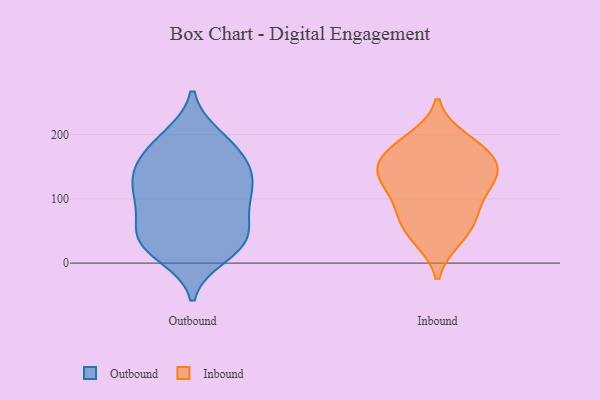
{"axis": {"x": "LTV (USD)", "y": "Value"}, "legend": ["Inbound", "Outbound"], "data": [{"x": "", "y": 103, "type": "Outbound"}, {"x": "", "y": 197, "type": "Outbound"}, {"x": "", "y": 147, "type": "Outbound"}, {"x": "", "y": 181, "type": "Outbound"}, {"x": "", "y": 101, "type": "Outbound"}, {"x": "", "y": 51, "type": "Outbound"}, {"x": "", "y": 146, "type": "Outbound"}, {"x": "", "y": 27, "type": "Outbound"}, {"x": "", "y": 30, "type": "Outbound"}, {"x": "", "y": 144, "type": "Outbound"}, {"x": "", "y": 76, "type": "Outbound"}, {"x": "", "y": 50, "type": "Outbound"}, {"x": "", "y": 108, "type": "Outbound"}, {"x": "", "y": 102, "type": "Outbound"}, {"x": "", "y": 12, "type": "Outbound"}, {"x": "", "y": 24, "type": "Outbound"}, {"x": "", "y": 194, "type": "Outbound"}, {"x": "", "y": 162, "type": "Outbound"}, {"x": "", "y": 40, "type": "Outbound"}, {"x": "", "y": 134, "type": "Outbound"}, {"x": "", "y": 38, "type": "Inbound"}, {"x": "", "y": 72, "type": "Inbound"}, {"x": "", "y": 186, "type": "Inbound"}, {"x": "", "y": 82, "type": "Inbound"}, {"x": "", "y": 153, "type": "Inbound"}, {"x": "", "y": 40, "type": "Inbound"}, {"x": "", "y": 145, "type": "Inbound"}, {"x": "", "y": 133, "type": "Inbound"}, {"x": "", "y": 125, "type": "Inbound"}, {"x": "", "y": 171, "type": "Inbound"}, {"x": "", "y": 115, "type": "Inbound"}, {"x": "", "y": 135, "type": "Inbound"}, {"x": "", "y": 169, "type": "Inbound"}, {"x": "", "y": 193, "type": "Inbound"}, {"x": "", "y": 75, "type": "Inbound"}]}